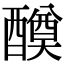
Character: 𨣆